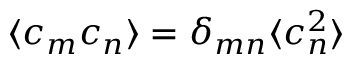
\langle c _ { m } c _ { n } \rangle = \delta _ { m n } \langle c _ { n } ^ { 2 } \rangle